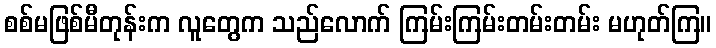
စစ်မဖြစ်မီတုန်းက လူတွေက သည်လောက် ကြမ်းကြမ်းတမ်းတမ်း မဟုတ်ကြ။